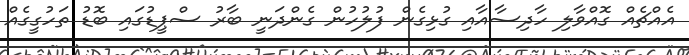
އެއްޗެއް ގޮއްވާލި ހާދިސާއާއި ގުޅިގެން ފުލުހުން ގެންދަނީ ބާރު ސްޕީޑުގައި ބޮޑު ތަހުގީގެއް